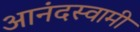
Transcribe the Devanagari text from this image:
आनंदस्वामी